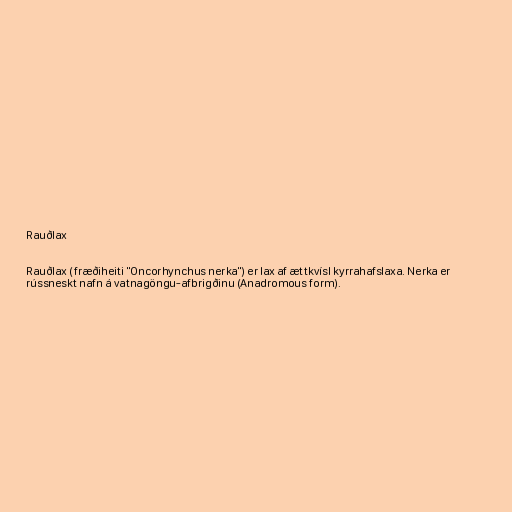
Rauðlax

Rauðlax (fræðiheiti "Oncorhynchus nerka") er lax af ættkvísl kyrrahafslaxa. Nerka er
rússneskt nafn á vatnagöngu-afbrigðinu (Anadromous form).